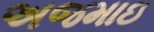
અજમાઇ